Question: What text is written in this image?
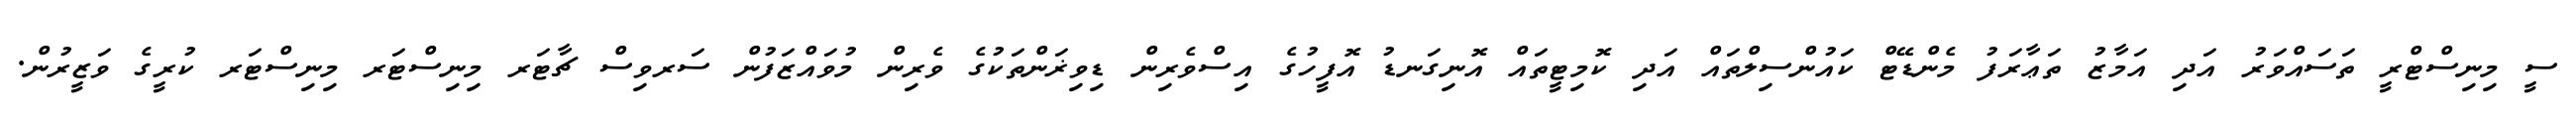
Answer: ސީ މިނިސްޓްރީ ތަސައްވަރު އަދި އަމާޒު ތަޢާރަފު މެންޑޭޓް ކައުންސިލްތައް އަދި ކޮމިޓީތައް އޮނިގަނޑު އޮފީހުގެ އިސްވެރިން ޑިވިޜަންތަކުގެ ވެރިން މުވައްޒަފުން ސަރވިސް ޗާޓަރ މިނިސްޓަރ މިނިސްޓަރ ކުރީގެ ވަޒީރުން.